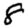
Digit: 8